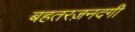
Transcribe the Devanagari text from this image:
बहतरज़नदगी